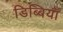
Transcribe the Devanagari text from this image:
डिब्बियाँ